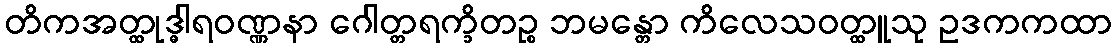
တိကအတ္ထုဒ္ဓါရဝဏ္ဏနာ ဂေါတ္တရက္ခိတဉ္စ ဘမန္တော ကိလေသဝတ္ထူသု ဥဒကကထာ